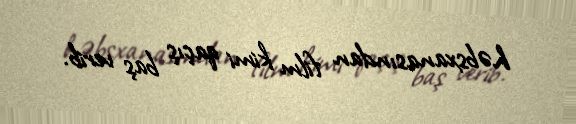
həbsxanasından film kimi qaçış baş verib.